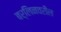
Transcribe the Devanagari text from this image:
बर्लिनवरील